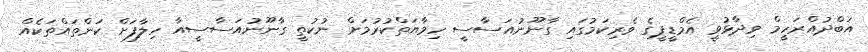
އަބްދުއްރަހީމް ވިދާޅުވީ އެމްޑީޕީގެ ވެރިކަމުގައި ގާނޫނުއަސާސީ ހިމާޔަތްކުރުމަށް ނުކުތީ ގާނޫނުއަސާސީއާ ހިލާފަށް ކަންތައްތަކެއް